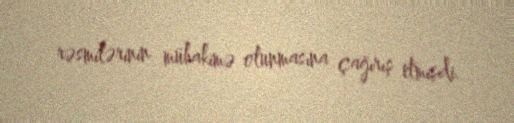
rəsmilərinin mühakimə olunmasına çağırış etmişdi.